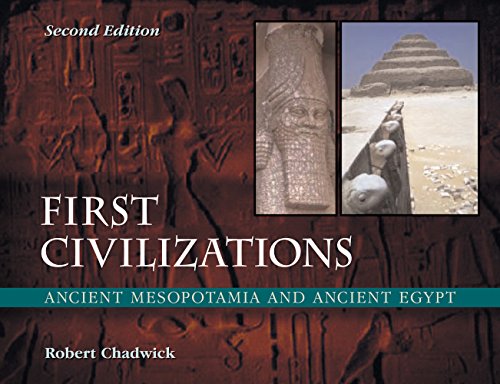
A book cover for First Civilizations: Ancient Mesopotamia and Ancient Egypt (Second Edition); Robert Chadwick; History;